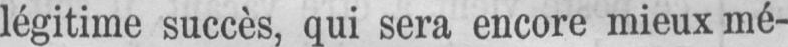
légitime succès, qui sera encore mieux mé-